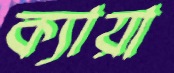
ক্যায়া